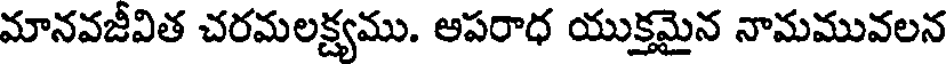
మానవజీవిత చరమలక్ష్యము. ఆపరాధ యుక్తమైన నామమువలన